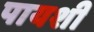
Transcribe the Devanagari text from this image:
पायशी